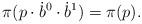
LaTeX: \begin{align*}\pi(p \cdot \dot b^0 \cdot \dot b^1)=\pi(p).\end{align*}